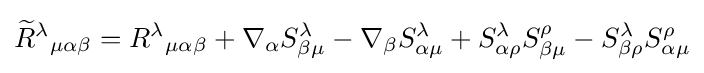
{{\widetilde {R}}^{\lambda }}{}_{\mu \alpha \beta }={R^{\lambda }}_{\mu \alpha \beta }+\nabla _{\alpha }S_{\beta \mu }^{\lambda }-\nabla _{\beta }S_{\alpha \mu }^{\lambda }+S_{\alpha \rho }^{\lambda }S_{\beta \mu }^{\rho }-S_{\beta \rho }^{\lambda }S_{\alpha \mu }^{\rho }